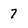
Character: 7